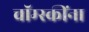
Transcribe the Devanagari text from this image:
चॉम्स्कींना